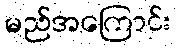
မည်အကြောင်း